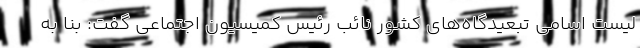
لیست اسامی تبعیدگاه‌های کشور نائب رئیس کمیسیون اجتماعی گفت: بنا به